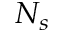
N _ { s }